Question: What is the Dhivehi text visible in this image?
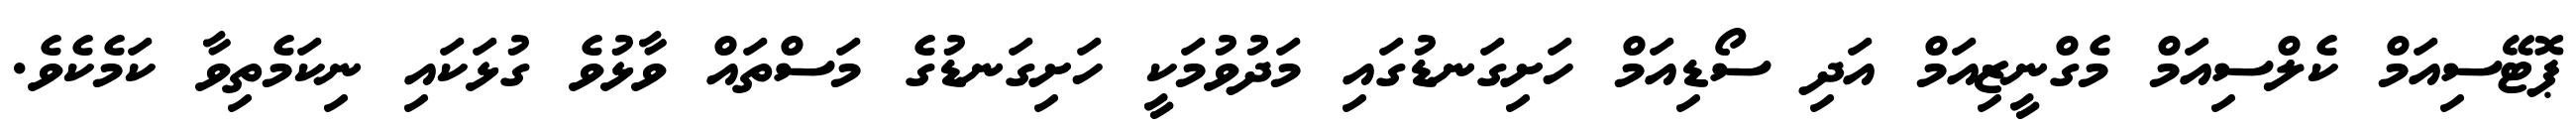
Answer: ޕޮޓޭސިއަމް ކެލްސިއަމް މެގްނީޒިއަމް އަދި ސޯޑިއަމް ހަށިގަނޑުގައި މަދުވުމަކީ ހަށިގަނޑުގެ މަސްތައް ވާޅުވެ ގުޅަކައި ނިކަމެތިވާ ކަމެކެވެ.